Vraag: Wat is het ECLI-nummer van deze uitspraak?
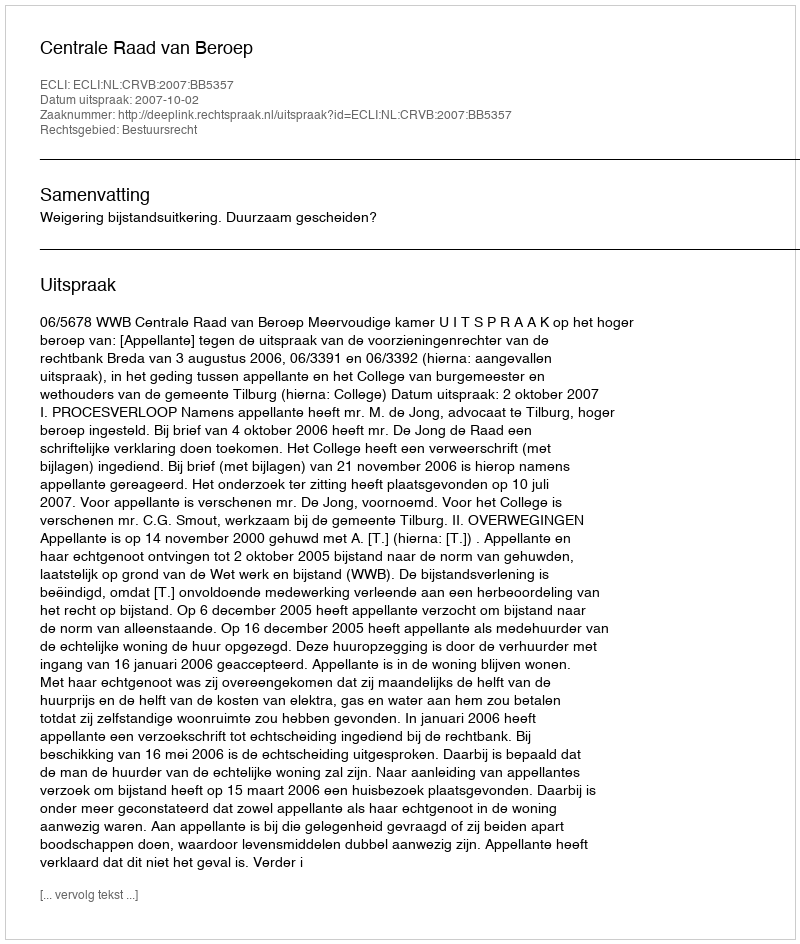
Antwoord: ECLI:NL:CRVB:2007:BB5357